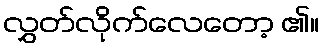
လွှတ်လိုက်လေတော့ ၏။